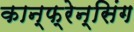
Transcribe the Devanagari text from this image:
कान्फ्रेन्सिंग